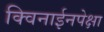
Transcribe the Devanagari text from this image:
क्विनाईनपेक्षा